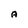
Character: A